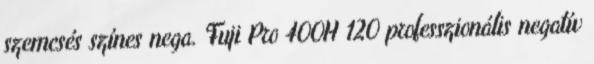
szemcsés színes nega. Fuji Pro 400H 120 professzionális negatív